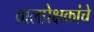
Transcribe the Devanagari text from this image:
बालप्रेक्षकांचे